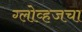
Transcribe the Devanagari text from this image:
ग्लोव्हजचा